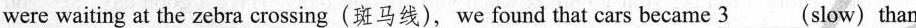
were waiting at the zebra crossing(斑马线), we found that cars became 3___(slow) than